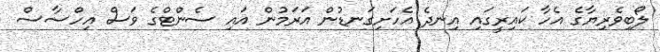
ލޯބިވެރިޔާގެ އެހާ ކައިރީގައި އިނދެ އެހަށިގަނޑުން އަރަމުން އައި ސެންޓްގެ ވަސް އިހްސާސް